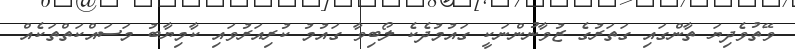
ވޭތުވެދިޔަ ތާންގައި ގަތަރުގެ ޒުވާނުންނަކީ ގައުމުދެކެ ލޯބިވާ ގައުމު ކުރިއަރުވައި ކާމިޔާބު މަސައްކަތްތަކެއް